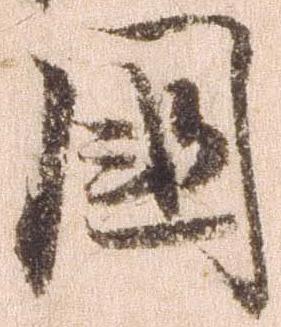
国